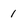
Character: 1